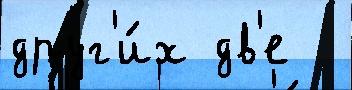
друг'и́х дв'е